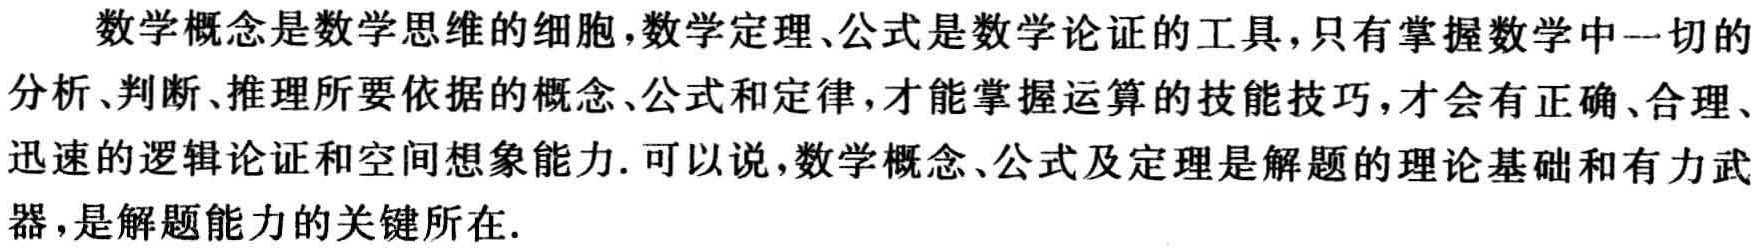
数学概念是数学思维的细胞，数学定理、公式是数学论证的工具，只有掌握数学中一切的分析、判断、推理所要依据的概念、公式和定律，才能掌握运算的技能技巧，才会有正确、合理、迅速的逻辑论证和空间想象能力. 可以说，数学概念、公式及定理是解题的理论基础和有力武器，是解题能力的关键所在.